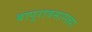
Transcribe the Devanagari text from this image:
बापूरावसारख्या